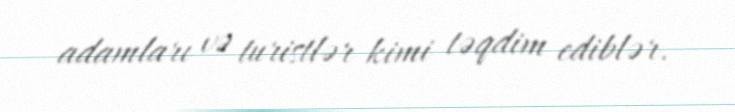
adamları və turistlər kimi təqdim ediblər.